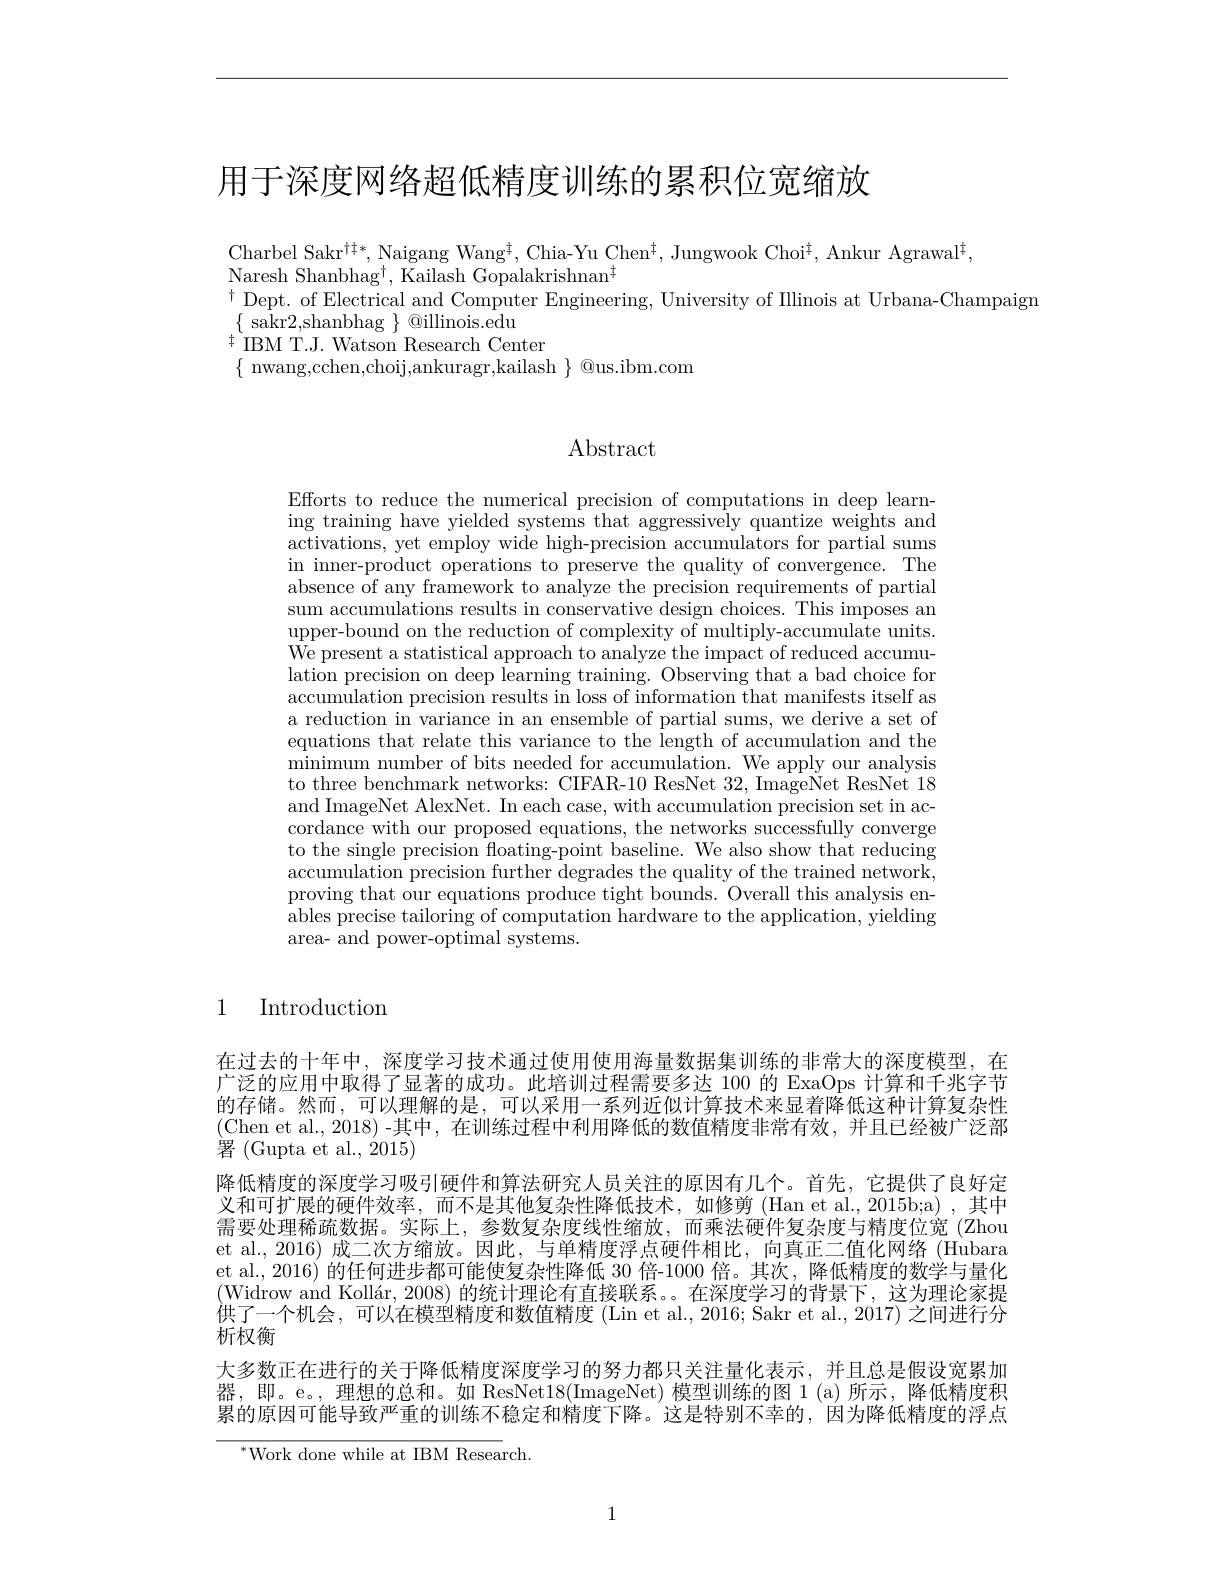
用于深度网络超低精度训练的累积位宽缩放

Charbel Sakr$^{\dagger\ddagger*}$,Naigang Wang$^\ddagger$, Chia-Yu Chen$^\dagger$, Jungwook Choi$^\dagger$, Ankur Agrawal$^\dagger$,
Naresh Shanbhag$^\dagger$,Kailash Gopalakrishnan$^\dagger$
$^{\dagger}$Dept. of Electrical and Computer Engineering, University of Illinois at Urbana-Champaign
$\{$sakr2,shanbhag$\}\textcircled{\mathrm{oillinois.edu}}$
$^{\dagger}$IBM T.J. Watson Research Center
$\{$ nwang,cchen,choij,ankuragr,kailash $\}$ @us.ibm.com

## Abstract

Efforts to reduce the numerical precision of computations in deep learning training have yielded systems that aggressively quantize weights and activations, yet employ wide high-precision accumulators for partial sums in inner-product operations to preserve the quality of convergence. The absence of any framework to analyze the precision requirements of partial sum accumulations results in conservative design choices. This imposes an upper-bound on the reduction of complexity of multiply-accumulate units. We present a statistical approach to analyze the impact of reduced accumulation precision on deep learning training. Observing that a bad choice for $\dot{\text{accumulation precision results in loss of information that manifests itself as}}$ a reduction in variance in an ensemble of partial sums, we derive a set of equations that relate this variance to the length of accumulation and the minimum number of bits needed for accumulation. We apply our analysis to three benchmark networks: CIFAR-10 ResNet 32, ImageNet ResNet 18 and ImageNet AlexNet. In each case, with accumulation precision set in accordance with our proposed equations, the networks successfully converge to the single precision floating-point baseline. We also show that reducing accumulation precision further degrades the quality of the trained network, proving that our equations produce tight bounds. Overall this analysis enables precise tailoring of computation hardware to the application, yielding area- and power-optimal systems.

1 Introduction

在过去的十年中，深度学习技术通过使用使用海量数据集训练的非常大的深度模型，在广泛的应用中取得了显著的成功。此培训过程需要多达 100 的 ExaOps 计算和千兆字节的存储。然而，可以理解的是，可以采用一系列近似计算技术来显着降低这种计算复杂性(Chen et al.,2018)-其中，在训练过程中利用降低的数值精度非常有效，并且已经被广泛部署(Gupta et al., 2015)
降低精度的深度学习吸引硬件和算法研究人员关注的原因有几个。首先，它提供了良好定义和可扩展的硬件效率，而不是其他复杂性降低技术，如修剪 (Han et al.,2015b;a) ,其中需要处理稀疏数据。实际上，参数复杂度线性缩放，而乘法硬件复杂度与精度位宽(Zhou et al., 2016) 成二次方缩放。因此，与单精度浮点硬件相比，向真正二值化网络 (Hubara et al., 2016) 的任何进步都可能使复杂性降低 30 倍-1000 倍。其次，降低精度的数学与量化(Widrow and Kollár, 2008) 的统计理论有直接联系。。在深度学习的背景下，这为理论家提供了一个机会，可以在模型精度和数值精度 (Lin et al., 2016; Sakr et al., 2017) 之间进行分析权衡
大多数正在进行的关于降低精度深度学习的努力都只关注量化表示，并且总是假设宽累加器，即。e。,理想的总和。如 ResNet18(ImageNet) 模型训练的图 1(a)所示，降低精度积累的原因可能导致严重的训练不稳定和精度下降。这是特别不幸的，因为降低精度的浮点
$^{*}$Work done while at IBM Research.

1